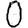
Digit: 0